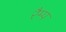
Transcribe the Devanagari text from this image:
रैम्‍प